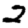
Digit: 2